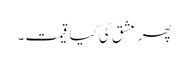
پھر عشق کی کیا قیمت ۔